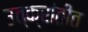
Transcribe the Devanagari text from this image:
उत्क्रांतीत